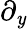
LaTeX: \partial_{\mathit{y}}